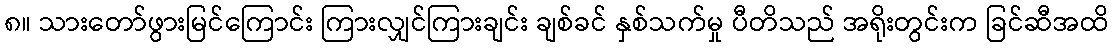
၈။ သားတော်ဖွားမြင်ကြောင်း ကြားလျှင်ကြားချင်း ချစ်ခင် နှစ်သက်မှု ပီတိသည် အရိုးတွင်းက ခြင်ဆီအထိ